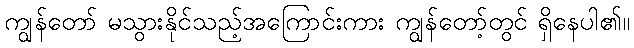
ကျွန်တော် မသွားနိုင်သည့်အကြောင်းကား ကျွန်တော့်တွင် ရှိနေပါ၏။